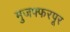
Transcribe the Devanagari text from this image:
मुजफ्फरपूर